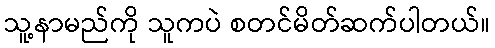
သူ့နာမည်ကို သူကပဲ စတင်မိတ်ဆက်ပါတယ်။